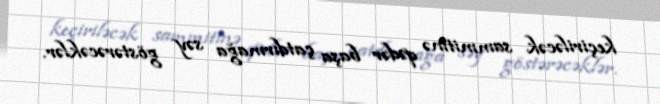
keçiriləcək sammitinə qədər başa çatdırmağa səy göstərəcəklər.